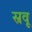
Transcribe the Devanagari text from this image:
स्रवू